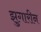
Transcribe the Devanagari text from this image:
झुगारीन